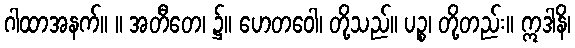
ဂါထာအနက်။ ။ အတီတေ၊ ၌။ ဟေတဝေါ၊ တို့သည်။ ပဉ္စ၊ တို့တည်း။ ဣဒါနိ၊